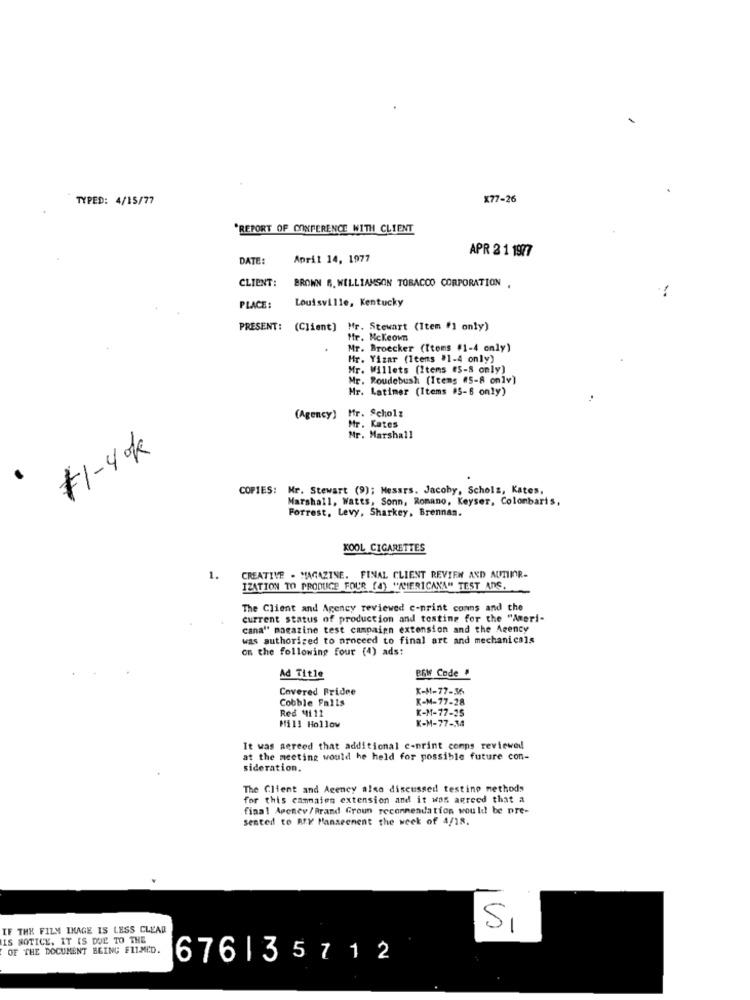
TYPED: 4/15/77
X77-26
REPORT OF CONFERENCE WITH CLIENT
APR 2 1 1977
DATE:
April 14, 1977
CLIENT:
BROWN R. WILLIAMSON TOBACCO CORPORATION ,
Louisville, Kentucky
PLACE:
PRESENT:
(Client] Mr. Stewart (Item #1 only)
Mfr. Mckeown
Mr. Broecker (Items #1-4 only)
Hr. Yizar (Itens #1-4 only)
Mr. Willets (Itens #5-8 only)
Mr. Roudebush (Items (5-8 only)
Mr. Latimer (Items #5-8 only)
Mr. Scholz
(Agency)
Mr. Kates
Mr. Marshall
#1-4k
COPIES: Mr. Stewart (9); Messrs. Jacoby, Scholz, Kates,
Marshall, Watts, Sonn, Romano, Keyser, Colombaris,
Forrest, Levy, Sharkey, Brennan.
KOOL CIGARETTES
1.
CREATIVE - MAGAZINE. FINAL CLIENT REVIEW AND AUTIER-
IZATION TO PRODUCE FOUR (4) "ACIERICANA" TEST Ans.
The Client and Agency reviewed c-print conns and the
current status of production and testing for the "Ameri-
cana" magazine test campaign extension and the Agency
was authorized to proceed to final art and mechanicals
on the following four (4) ads:
PAW Code #
Ad Title
Covered Pridee
K-M-77-36
Cobble Falls
K-M-77-28
Red M11 11
K-M-77-25
K-M-77-34
Mill Hollow
It was agreed that additional c-print comps reviewed
at the meeting would he held for possible future con-
sideration.
The Client and Agency also discussed testing methods
for this cammaien extension and it was agreed that a
final Apenev/Brand Groun recommendation would be pre-
sented to BEY Hanseenent the week of 4/18.
IF THE FILM IMAGE IS LESS CLEAR
SI
IS NOTICE. IT IS DUE TO THE
OF THE DOCUMENT BEING FILMED.
676135712